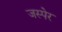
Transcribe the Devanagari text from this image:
जस्पेर